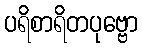
ပရိစာရိတပုဗ္ဗော